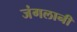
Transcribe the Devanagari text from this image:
जंगलानी